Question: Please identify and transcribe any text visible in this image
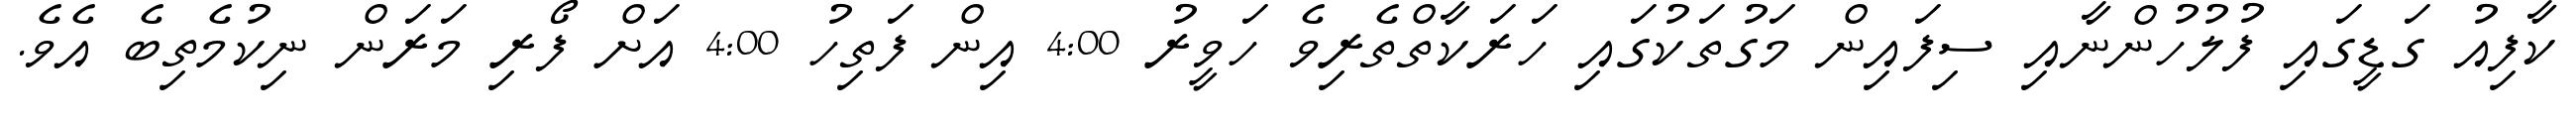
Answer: ކާފިއު ގަޑީގައި ފުލުހުންނާއި ސިފައިން މަގުތަކުގައި ހަރަކާތްތެރިވެ ހަވީރު 4:00 އިން ފަތިހު 4:00 އަށް ފޯރި މަރަން ނިކުމެތިބެ އެވެ.